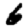
Digit: 6